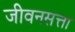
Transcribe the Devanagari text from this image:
जीवनसत्ता